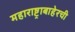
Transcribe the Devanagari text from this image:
महाराष्ट्राबाहेरची